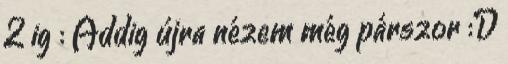
2 ig : Addig újra nézem még párszor :D